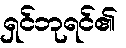
ရှင်ဘုရင်၏